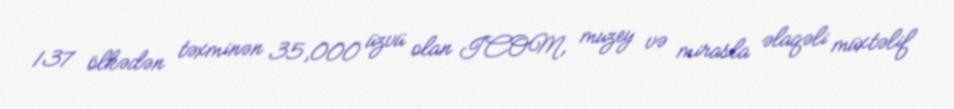
137 ölkədən təxminən 35,000 üzvü olan ICOM, muzey və mirasla əlaqəli müxtəlif